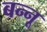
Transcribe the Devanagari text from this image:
बन्‍नू